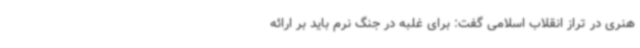
هنری در تراز انقلاب اسلامی گفت: برای غلبه در جنگ نرم باید بر ارائه